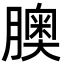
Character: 䐿